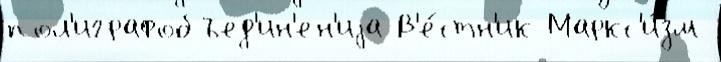
пол'играфобъед'ин'ен'иjа В'е́стн'ик Маркс'и́зм